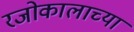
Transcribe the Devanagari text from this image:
रजोकालाच्या